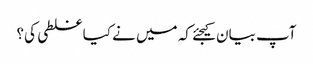
آپ بیان کیجئے کہ میں نے کیا غلطی کی؟